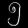
Digit: ၅